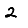
Digit: 2